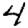
Digit: 4